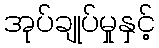
အုပ်ချုပ်မှုနှင့်